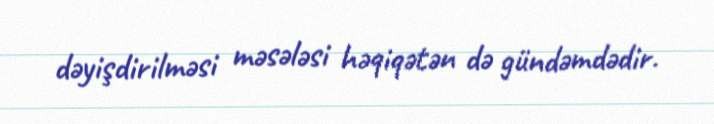
dəyişdirilməsi məsələsi həqiqətən də gündəmdədir.